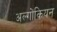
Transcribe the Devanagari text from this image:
अल्गोंकियन